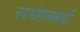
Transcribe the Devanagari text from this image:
उपभोगासंबंधी